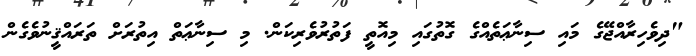
"ދިވެހިރާއްޖޭގެ މައި ސިނާޢަތެއްގެ ގޮތުގައި މިއޮތީ ފަތުރުވެރިކަން. މި ސިނާޢަތް އިތުރަށް ތަރައްޤީނުވެގެން